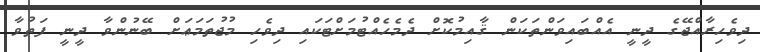
ދިވެހިރާއްޖޭގެ ދީނީ އެއްބައިވަންތަކަން ޤާއިމުކޮށް ދެމެހެއްޓުމަށްޓަކައި ދިވެހި މުޖުތަމަޢަށް ބޭނުންވާ ދީނީ ފަތުވާ